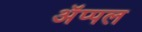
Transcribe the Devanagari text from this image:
अॅप्पल